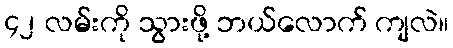
၄၂ လမ်းကို သွားဖို့ ဘယ်လောက် ကျလဲ။